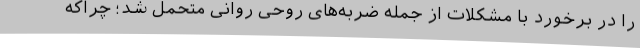
را در برخورد با مشکلات از جمله ضربه‌های روحی روانی متحمل شد؛ چراکه